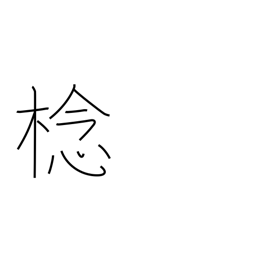
Meaning: type of fruit tree